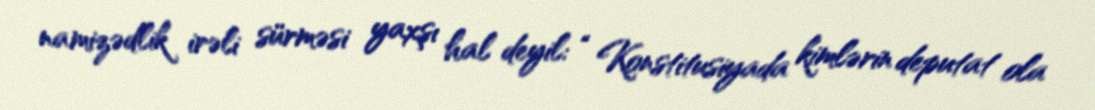
namizədlik irəli sürməsi yaxşı hal deyil: “ Konstitusiyada kimlərin deputat ola